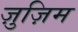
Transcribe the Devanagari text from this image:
ज़ुज़िम